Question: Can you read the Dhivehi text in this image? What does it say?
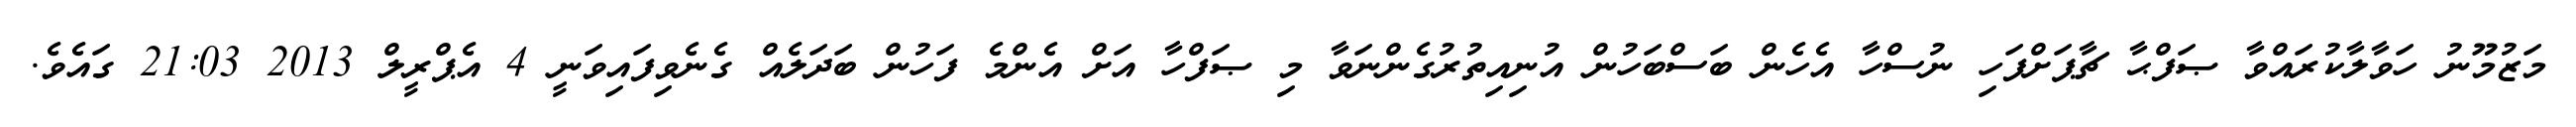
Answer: މަޒުމޫނު ހަވާލާކުރައްވާ ޞަފްޙާ ޗާޕަށްފަހި ނުސްހާ އެހެން ބަސްބަހުން އުނިއިތުރުގެންނަވާ މި ޞަފްހާ އަށް އެންމެ ފަހުން ބަދަލެއް ގެނެވިފައިވަނީ 4 އެޕްރީލް 2013 21:03 ގައެވެ.